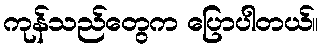
ကုန်သည်တွေက ပြောပါတယ်။